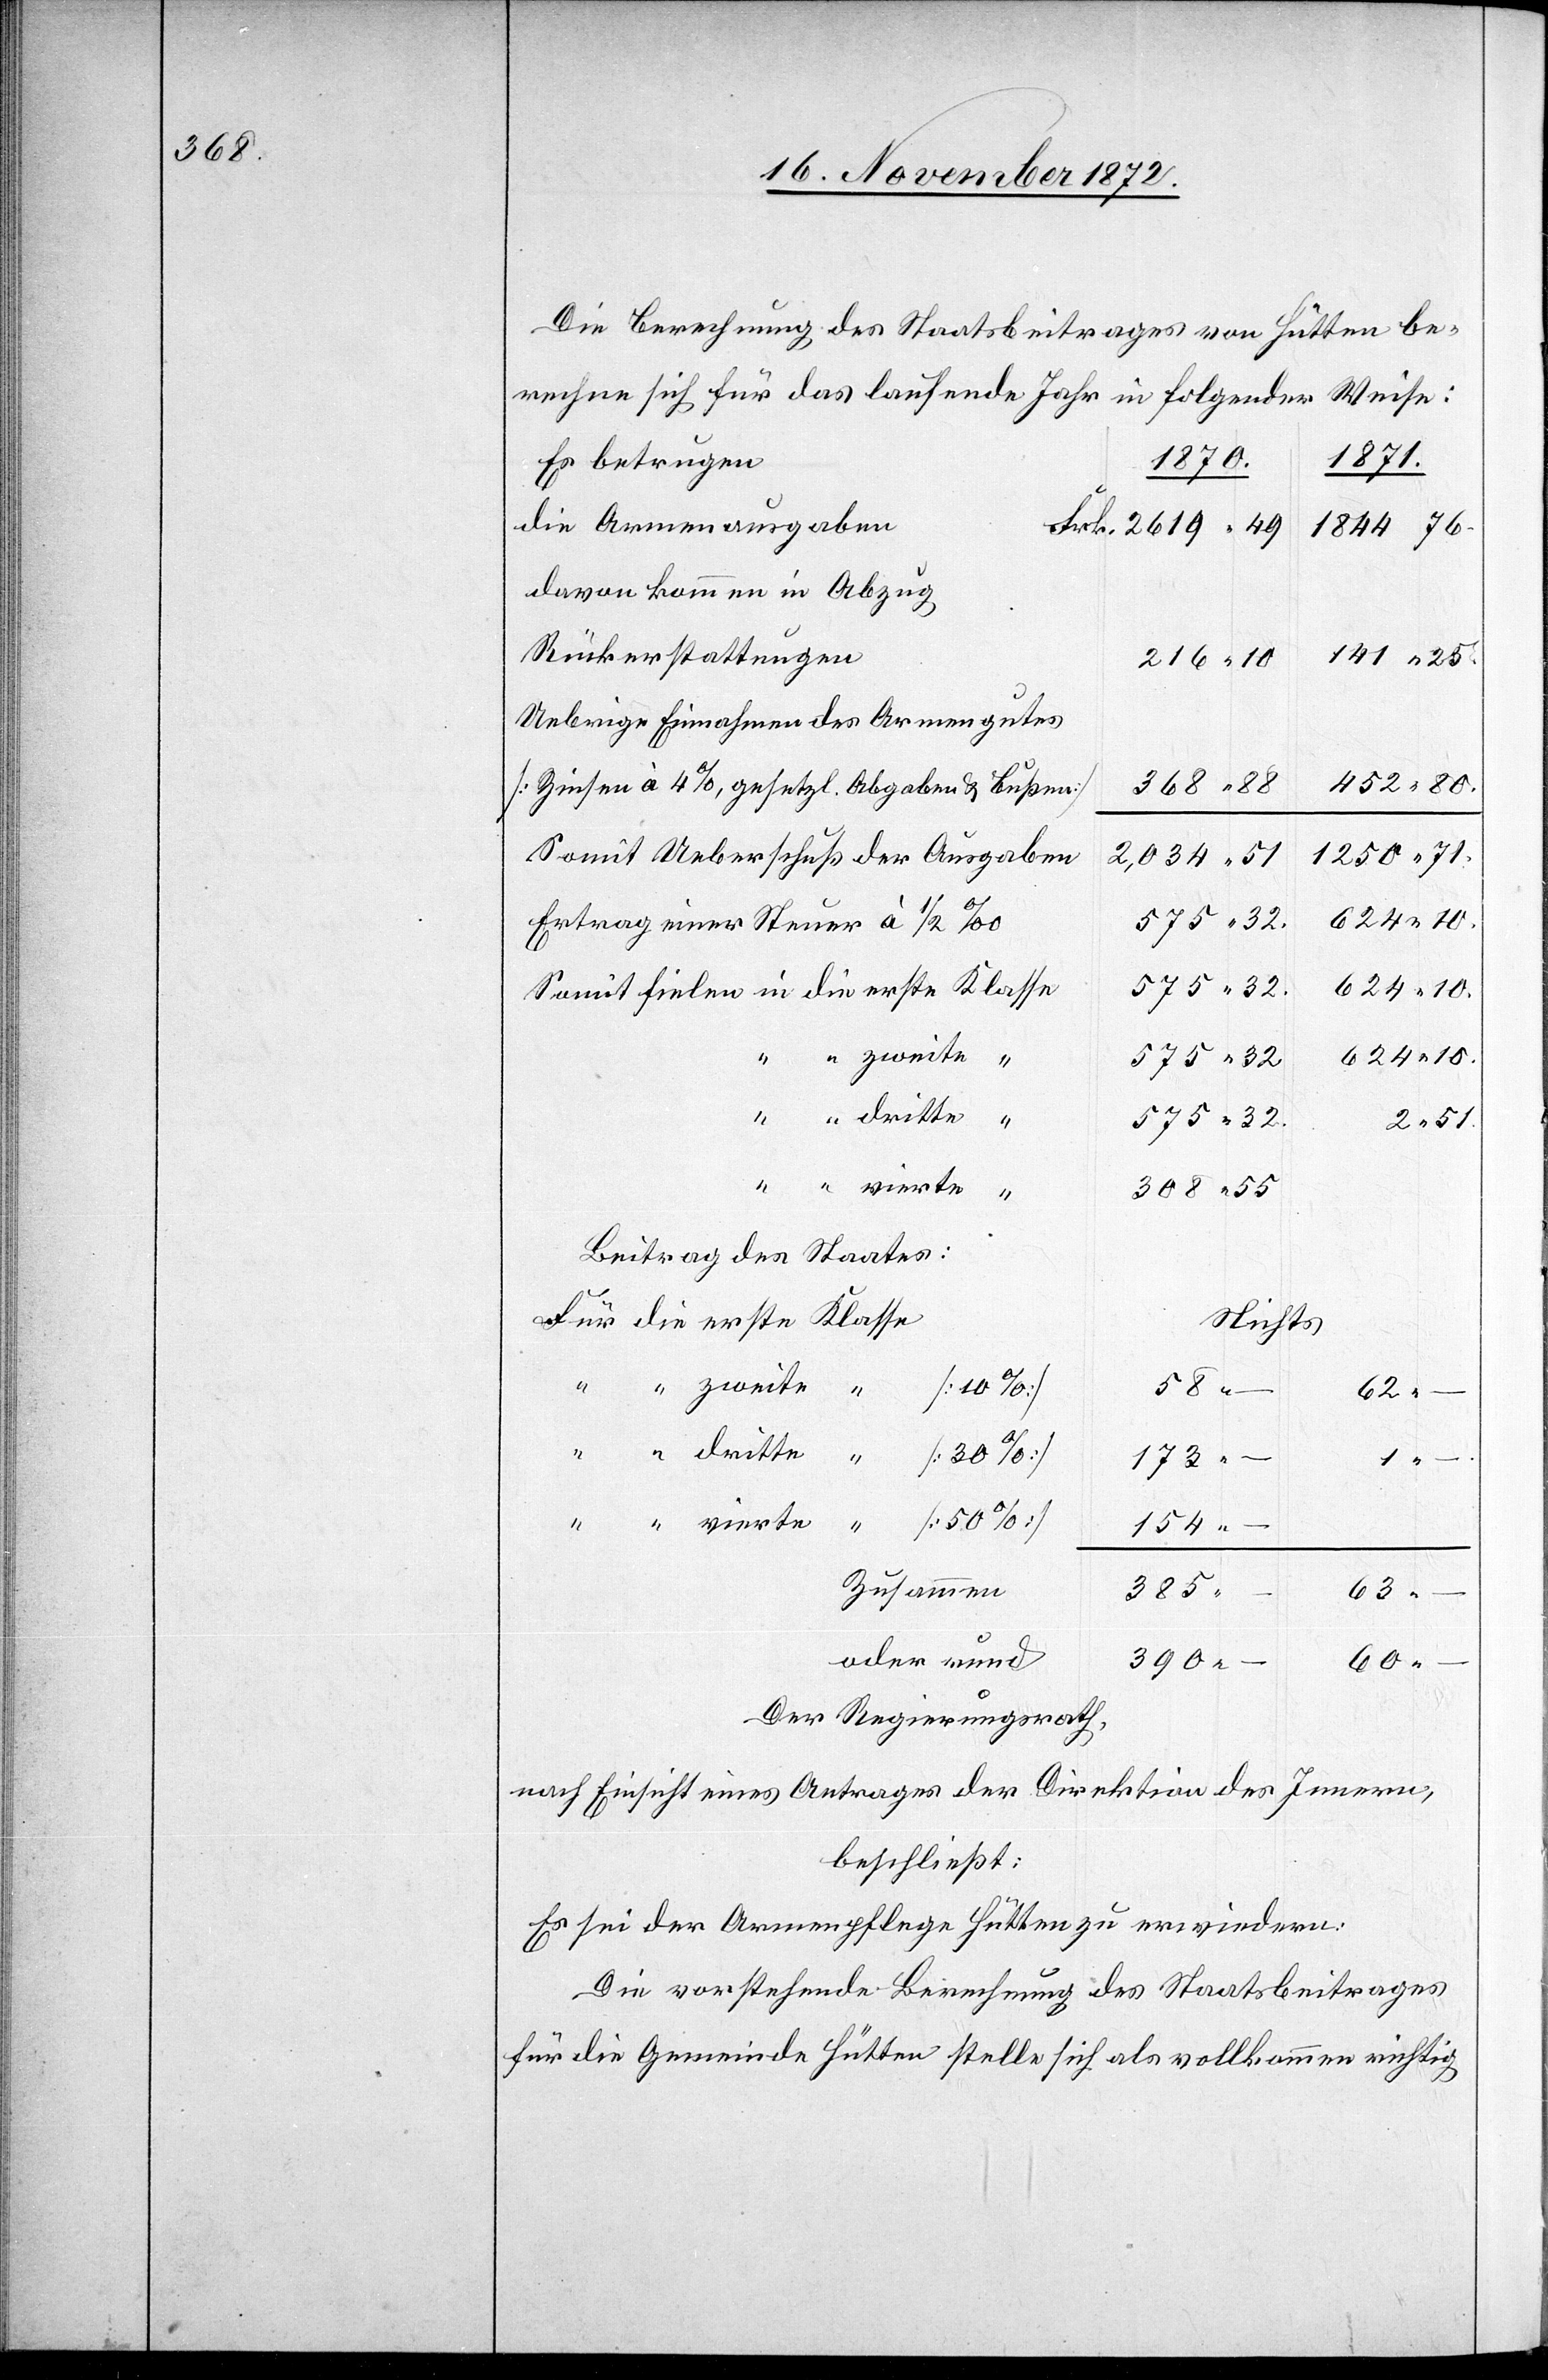
Die Berechnung des Staatsbeitrages von Hütten be¬
rechne sich für das laufende Jahr in folgender Weise:
Es betrugen
1870.
1871.
die Armenausgaben
1844 76.
davon kommen in Abzug
Rückerstattungen
141 25.
216 10
Uebrige Einnahmen des Armengutes
452 80.
368 88
[Zinsen à 4%, gesetzl. Abgaben u. Bußen]
Somit Ueberschuß der Ausgaben
1250 71.
2034 51
624 10.
575 32
Ertrag einer Steuer à 1/2 ‰
zweite
“
2 51.
308 55
Beitrag des Staates:
Nichts
58 –
vierte
173
–
153 –
Zusammen
385
oder rund
60
390
Der Regierungsrath,
nach Einsicht eines Antrages der Direktion des Innern,
beschließt:
Es sei der Armenpflege Hütten zu erwiedern:
Die vorstehende Berechnung des Staatsbeitrages
für die Gemeinde Hütten stelle sich als vollkommen richtig